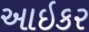
આઇકર